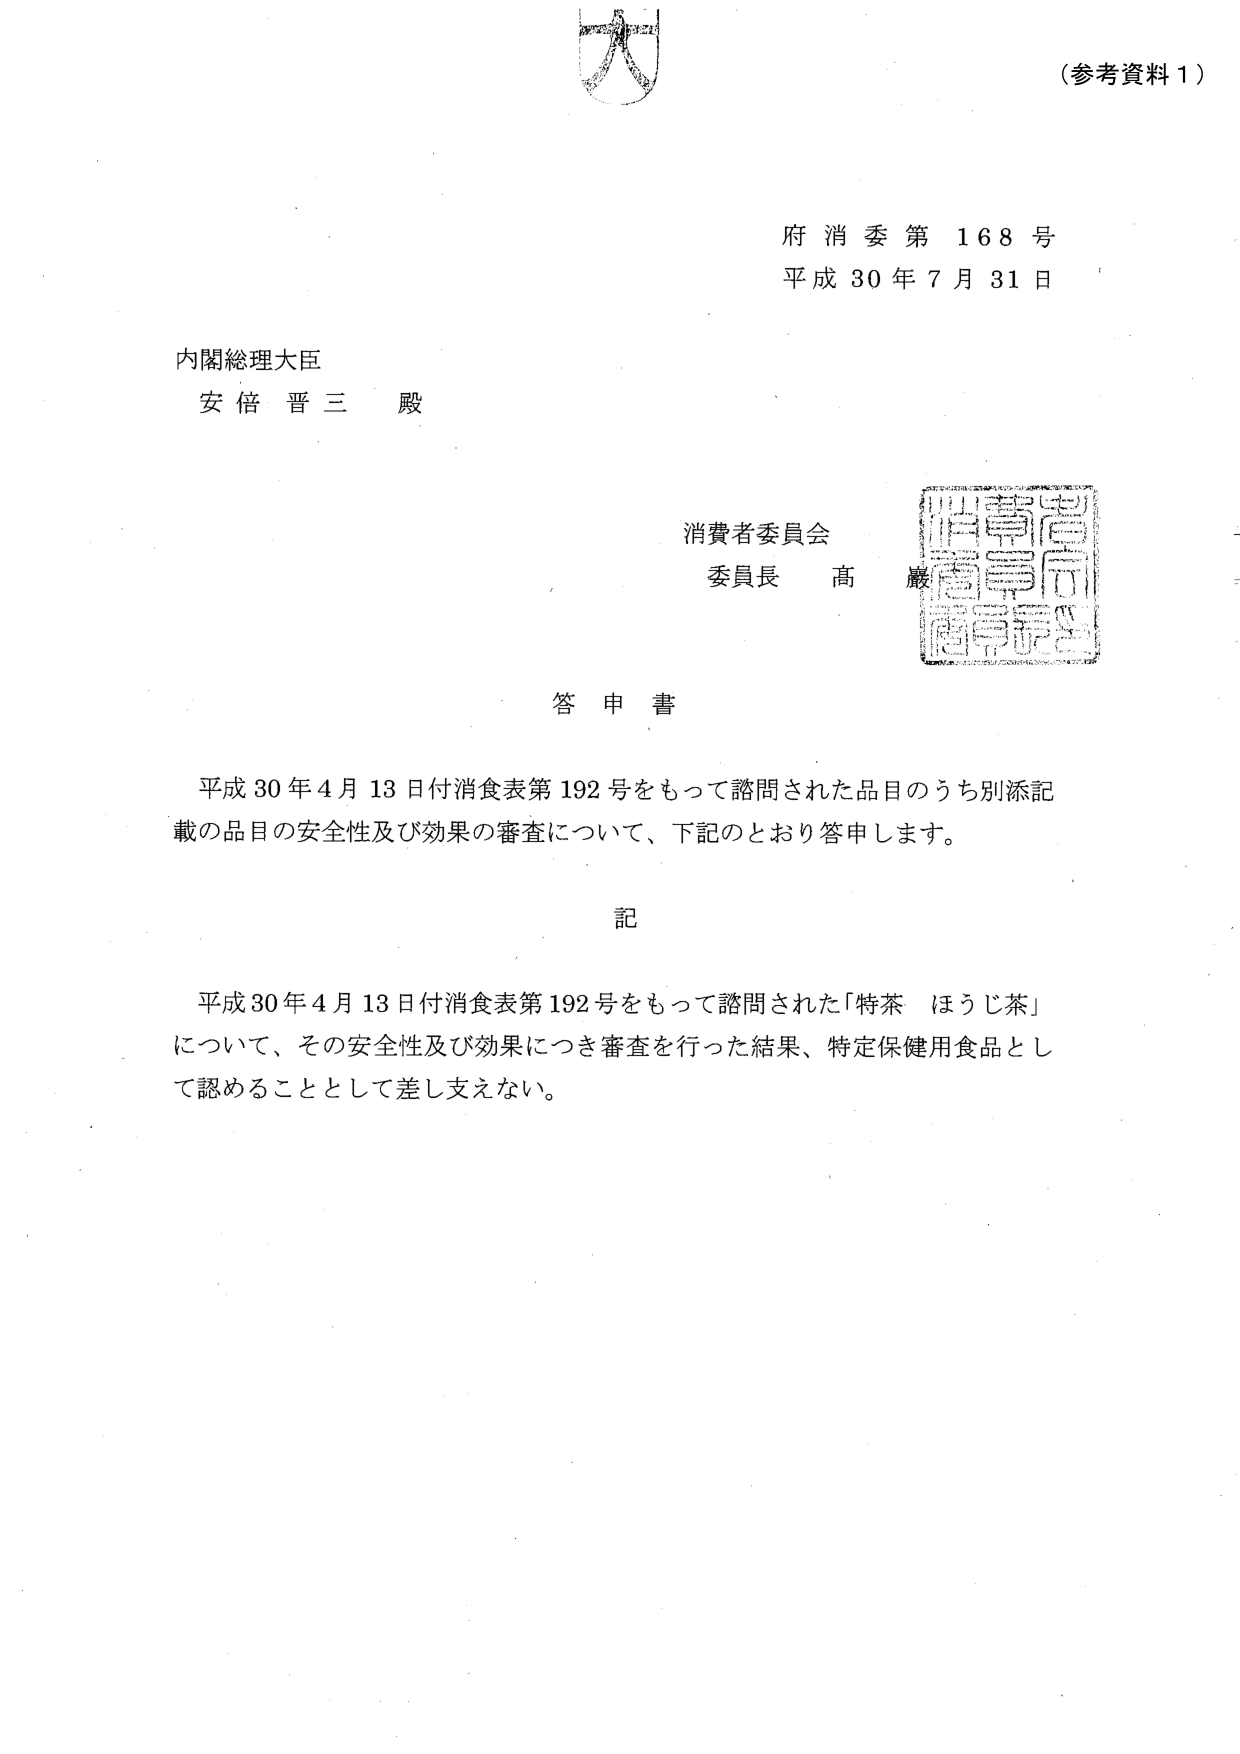
(参考資料１)

府消委第168号
平成30年7月31日

内閣総理大臣
安倍晋三 殿

消費者委員会
委員長 高巖

答申書

平成30年4月13日付消食表第192号をもって諮問された品目のうち別添記載の品目の安全性及び効果の審査について、下記のとおり答申します。

記

平成30年4月13日付消食表第192号をもって諮問された「特茶 ほうじ茶」について、その安全性及び効果につき審査を行った結果、特定保健用食品として認めるることとして差し支えない。